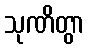
သုဏိတွာ